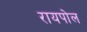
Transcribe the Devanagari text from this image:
रायपोल